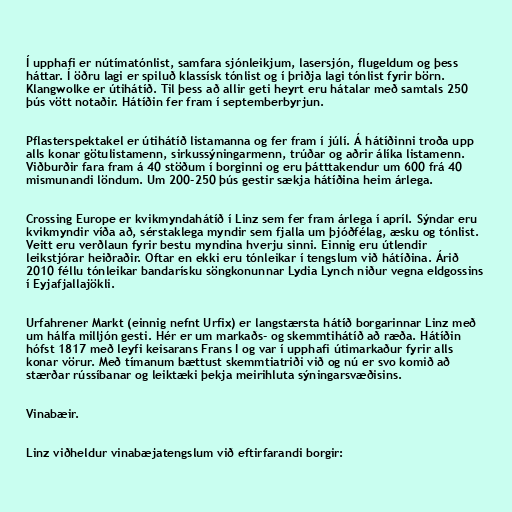
Í upphafi er nútímatónlist, samfara sjónleikjum, lasersjón, flugeldum og þess
háttar. Í öðru lagi er spiluð klassísk tónlist og í þriðja lagi tónlist fyrir börn.
Klangwolke er útihátíð. Til þess að allir geti heyrt eru hátalar með samtals 250
þús vött notaðir. Hátíðin fer fram í septemberbyrjun.

Pflasterspektakel er útihátíð listamanna og fer fram í júlí. Á hátíðinni troða upp
alls konar götulistamenn, sirkussýningarmenn, trúðar og aðrir álíka listamenn.
Viðburðir fara fram á 40 stöðum í borginni og eru þátttakendur um 600 frá 40
mismunandi löndum. Um 200-250 þús gestir sækja hátíðina heim árlega.

Crossing Europe er kvikmyndahátíð í Linz sem fer fram árlega í apríl. Sýndar eru
kvikmyndir víða að, sérstaklega myndir sem fjalla um þjóðfélag, æsku og tónlist.
Veitt eru verðlaun fyrir bestu myndina hverju sinni. Einnig eru útlendir
leikstjórar heiðraðir. Oftar en ekki eru tónleikar í tengslum við hátíðina. Árið
2010 féllu tónleikar bandarísku söngkonunnar Lydia Lynch niður vegna eldgossins
í Eyjafjallajökli.

Urfahrener Markt (einnig nefnt Urfix) er langstærsta hátíð borgarinnar Linz með
um hálfa milljón gesti. Hér er um markaðs- og skemmtihátíð að ræða. Hátíðin
hófst 1817 með leyfi keisarans Frans I og var í upphafi útimarkaður fyrir alls
konar vörur. Með tímanum bættust skemmtiatriði við og nú er svo komið að
stærðar rússíbanar og leiktæki þekja meirihluta sýningarsvæðisins.

Vinabæir.

Linz viðheldur vinabæjatengslum við eftirfarandi borgir: